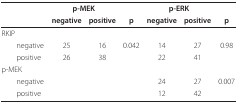
<table><thead><tr><td>[EMPTY_CELL]</td><td colspan="2"><b>p-MEK</b></td><td>[EMPTY_CELL]</td><td colspan="2"><b>p-ERK</b></td><td>[EMPTY_CELL]</td></tr><tr><td>[EMPTY_CELL]</td><td><b>negative</b></td><td><b>positive</b></td><td><b>p</b></td><td><b>negative</b></td><td><b>positive</b></td><td><b>p</b></td></tr></thead><tbody><tr><td>RKIP</td><td>[EMPTY_CELL]</td><td>[EMPTY_CELL]</td><td>[EMPTY_CELL]</td><td>[EMPTY_CELL]</td><td>[EMPTY_CELL]</td><td>[EMPTY_CELL]</td></tr><tr><td> negative</td><td>25</td><td>16</td><td>0.042</td><td>14</td><td>27</td><td>0.98</td></tr><tr><td> positive</td><td>26</td><td>38</td><td>[EMPTY_CELL]</td><td>22</td><td>41</td><td>[EMPTY_CELL]</td></tr><tr><td>p-MEK</td><td>[EMPTY_CELL]</td><td>[EMPTY_CELL]</td><td>[EMPTY_CELL]</td><td>[EMPTY_CELL]</td><td>[EMPTY_CELL]</td><td>[EMPTY_CELL]</td></tr><tr><td> negative</td><td>[EMPTY_CELL]</td><td>[EMPTY_CELL]</td><td>[EMPTY_CELL]</td><td>24</td><td>27</td><td>0.007</td></tr><tr><td> positive</td><td>[EMPTY_CELL]</td><td>[EMPTY_CELL]</td><td>[EMPTY_CELL]</td><td>12</td><td>42</td><td>[EMPTY_CELL]</td></tr></tbody></table>